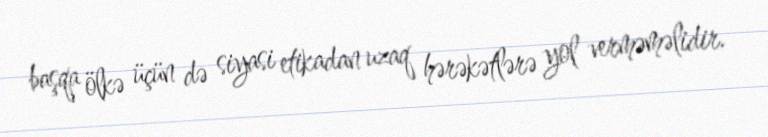
başqa ölkə üçün də siyasi etikadan uzaq hərəkətlərə yol verməməlidir.